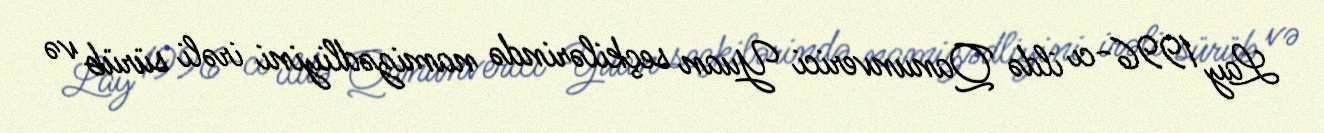
Lay 1996-cı ildə Qanunverici Yuan seçkilərində namizədliyini irəli sürüb və